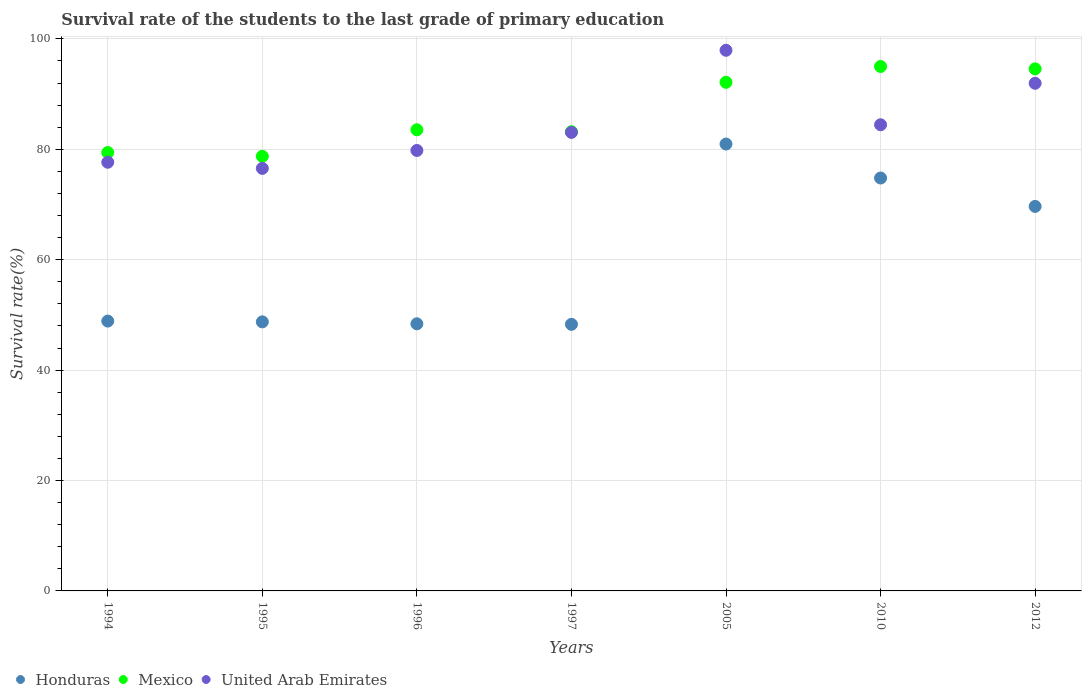
| Years | Honduras | Mexico | United Arab Emirates |
 | --- | --- | --- | --- |
 | 1994 | 48.9 | 79.4 | 77.7 |
 | 1995 | 48.7 | 78.7 | 76.5 |
 | 1996 | 48.4 | 83.5 | 79.8 |
 | 1997 | 48.3 | 83.2 | 83.1 |
 | 2005 | 81 | 92.1 | 97.9 |
 | 2010 | 74.8 | 95 | 84.4 |
 | 2012 | 69.7 | 94.6 | 92 |